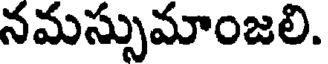
నమస్సుమాంజలి.